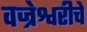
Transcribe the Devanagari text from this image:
वज्रेश्वरीचे